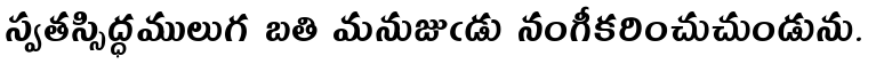
స్వతస్సిద్ధములుగ బతి మనుజుఁడు నంగీకరించుచుండును.